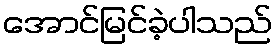
အောင်မြင်ခဲ့ပါသည်